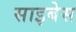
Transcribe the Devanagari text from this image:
साइबेस